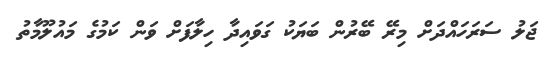
ޖަލު ސަރަހައްދަށް މިރޭ ބޭރުން ބަޔަކު ގަވައިދާ ހިލާފަށް ވަން ކަމުގެ މައުލޫމާތު